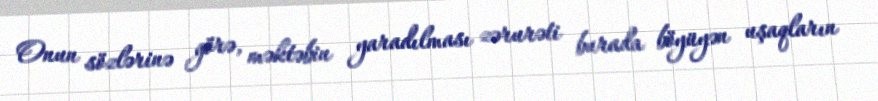
Onun sözlərinə görə, məktəbin yaradılması zərurəti burada böyüyən uşaqların